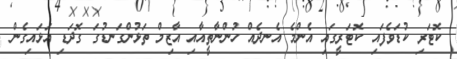
ކޮޓަރި ކުޑަވެފައި ކޮޓަރީގައި އެންމެ އެނދެއް ހުންނާތީއާއި އާޒިމް ތަޅުންގަނޑުގަ ގޮދަޑި އަޅައިގެން